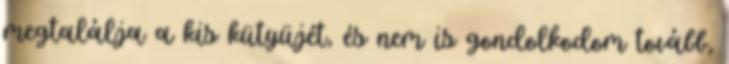
megtalálja a kis kütyüjét, és nem is gondolkodom tovább,